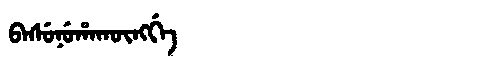
Manchu: ᠪᠠᠰᡠᠨᡠᡥᠠᡴᡡᠩᡤᡝ
Romanization: BASUNUHAKŪNGGE